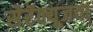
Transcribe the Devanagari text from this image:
सेरॅक्यूजचा